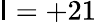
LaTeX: \mathsf{I}=+21